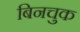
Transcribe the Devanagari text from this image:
बिनचुक